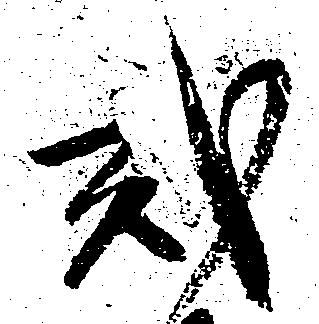
弐